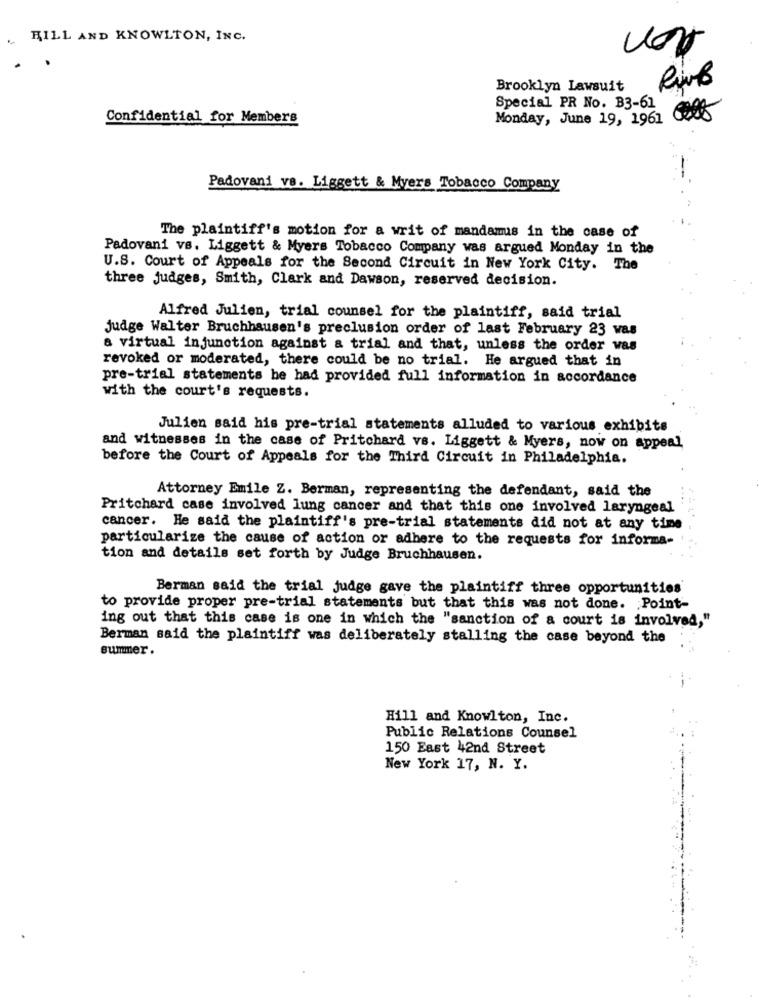
non
FILL AND KNOWLTON, INC.
Rimb
Brooklyn Lawsuit
Special PR No. B3-61
Confidential for Members
Monday, June 19, 1961 C
Padovani vs. Liggett & Myers Tobacco Company
The plaintiff's motion for a writ of mandamus in the case of
Padovani vs. Liggett & Myers Tobacco Company was argued Monday in the
U.S. Court of Appeals for the Second Circuit in New York City. The
three judges, Smith, Clark and Dawson, reserved decision.
Alfred Julien, trial counsel for the plaintiff, said trial
Judge Walter Bruchhausen's preclusion order of last February 23 was
a virtual injunction against a trial and that, unless the order vas
revoked or moderated, there could be no trial. He argued that in
pre-trial statements he had provided full information in accordance
with the court's requests.
Julien said his pre-trial statements alluded to various exhibits
and witnesses in the case of Pritchard vs. Liggett & Myers, now on appeal
before the Court of Appeals for the Third Circuit in Philadelphia.
Attorney Emile Z. Berman, representing the defendant, said the
Pritchard case involved lung cancer and that this one involved laryngeal
cancer. He said the plaintiff's pre-trial statements did not at any time
particularize the cause of action or adhere to the requests for informa-
tion and details set forth by Judge Bruchhausen.
Berman said the trial judge gave the plaintiff three opportunities
to provide proper pre-trial statements but that this was not done. Point-
ing out that this case is one in which the "sanction of a court is involved,"
Berman said the plaintiff was deliberately stalling the case beyond the
summer.
Hill and Knowlton, Inc.
Public Relations Counsel
150 East 42nd Street
New York 17, N. Y.